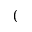
(